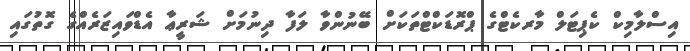
އިސްލާމިކް ކެޕިޓަލް މާރކެޓްގެ ޕްރޮޑަކްޓްތަކަށް ބޭނުންވާ ލަފާ ދިނުމަށް ޝަރީޢާ އެޑްވައިޒަރެއްގެ ގޮތުގައި